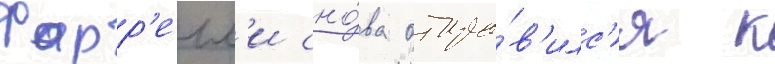
Фарр'елл'и сно́ва отпра́в'илс'я к